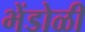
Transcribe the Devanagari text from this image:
भेंडोळी